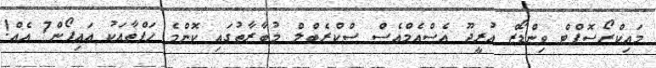
މައިކްރޯސޮފްޓް ވިންޑޯޒް އުރީދޫ އެސްއެމްއެސް ސްކްރެބްލް މުބާރާތުގައި ކޮންމެ ހަފްތާއަކު އައިފޯން7 އެއް!